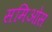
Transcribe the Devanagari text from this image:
समिओस